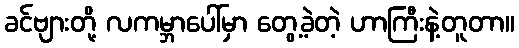
ခင်ဗျားတို့ လကမ္ဘာပေါ်မှာ တွေ့ခဲ့တဲ့ ဟာကြီးနဲ့တူတာ။